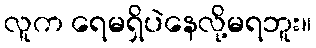
လူက ရေမရှိပဲနေလို့မရဘူး။